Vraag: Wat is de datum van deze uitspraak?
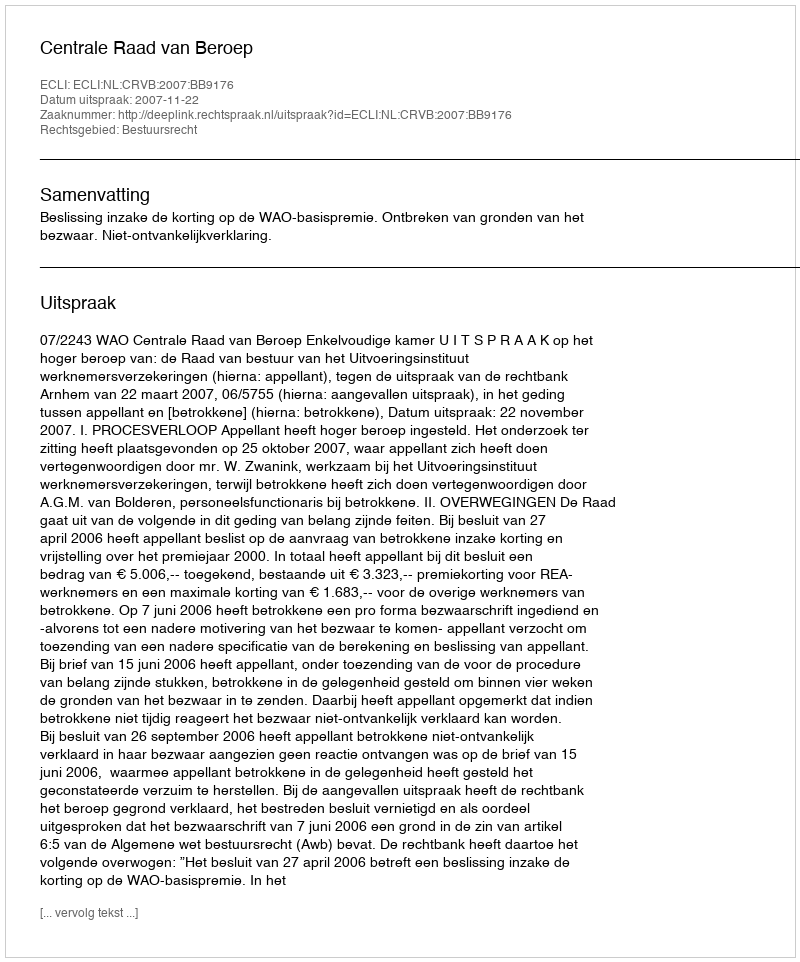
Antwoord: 2007-11-22